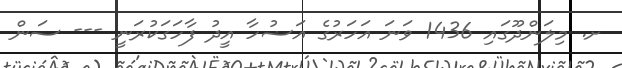
ށ. މިލަންދޫގައި 1436 ވަނަ އަހަރުގެ އަޟުހާ އީދު ފާހަގަކުރަނީ --- ސަން